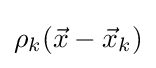
\rho _{k}({\vec {x}}-{\vec {x}}_{k})